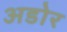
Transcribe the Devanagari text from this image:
अडोर